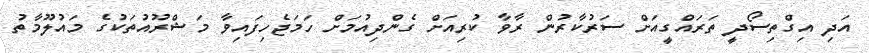
އަދި އިގްތިސޯދީ ތަރައްގީއަށް ސަރުކާރުން ރާވާ ކުރިއަށް ގެންދިއުމަށް ހަމަޖެހިފައިވާ މަޝްރޫއުތަކުގެ މައުލޫމާތު